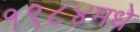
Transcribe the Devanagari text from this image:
१९८४मधे